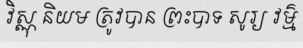
វិស្ណុ និយម ត្រូវបាន ព្រះបាទ សូរ្យ វម៌្ម